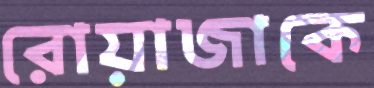
রোয়াজাকে